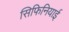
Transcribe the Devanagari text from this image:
सिफिनियाई